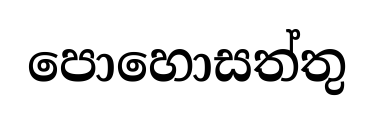
පොහොසත්තු